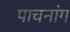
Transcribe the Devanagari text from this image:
पाचनांग